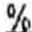
%